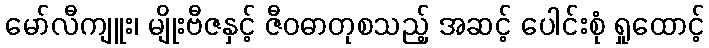
မော်လီကျူး၊ မျိုးဗီဇနှင့် ဇီဝဓာတုစသည့် အဆင့် ပေါင်းစုံ ရှုထောင့်